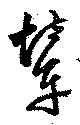
輦